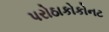
પરોઠાકોકોનટ